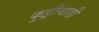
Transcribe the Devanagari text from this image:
कुट्टीयाडी